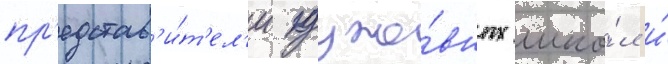
пр'едстав'и́т'ел'и духо́вных шко́л и́